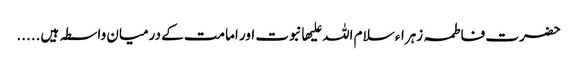
حضرت فاطمہ زہراء سلام اللہ علیھا نبوت اور امامت کے درمیان واسطہ ہیں.....